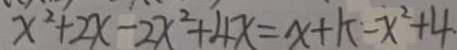
x ^ { 2 } + 2 x - 2 x ^ { 2 } + 4 x = x + k - x ^ { 2 } + 4